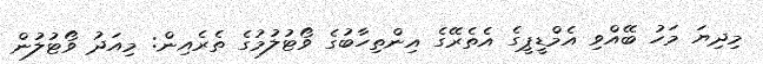
މިދިޔަ މަހު ބޭއްވި އެމްޑީޕީގެ އެތެރޭގެ އިންތިހާބުގެ ވޯޓުލުމުގެ ތެރެއިން: މިއަދު ވޯޓުލުން